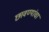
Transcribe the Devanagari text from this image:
छावण्यांचा